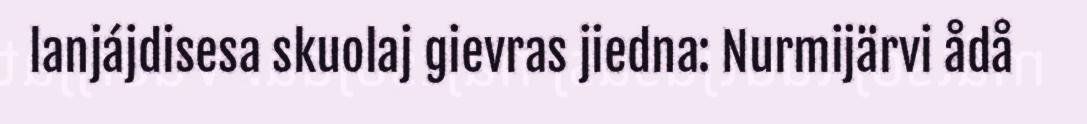
lanjájdisesa skuolaj gievras jiedna: Nurmijärvi ådå